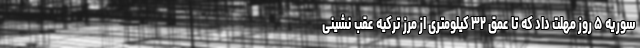
سوریه ۵ روز مهلت داد که تا عمق ۳۲ کیلومتری از مرز ترکیه عقب نشینی